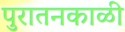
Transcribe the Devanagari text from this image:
पुरातनकाळी